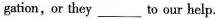
gation, or they___to our help.